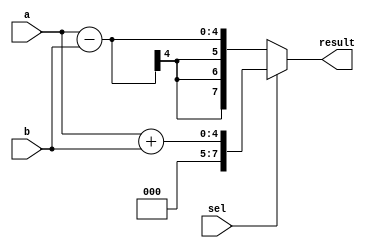
module combinational_logic(
    input wire [3:0] a,      // 4-bit input signal a
    input wire [3:0] b,      // 4-bit input signal b
    input wire sel,          // 1-bit select signal
    output reg [7:0] result  // 8-bit output signal
);

always @(*) begin
    // Default output
    result = 8'b00000000;

    // Combinational logic based on inputs
    if (sel) begin
        // If sel is high, perform addition
        result = a + b; // Add a and b
    end else begin
        // If sel is low, perform subtraction
        result = a - b; // Subtract b from a
    end

    // Additional logic can be added here
    // For example, if you want to implement a case statement:
    // case (some_condition)
    //     2'b00: result = a & b; // AND operation
    //     2'b01: result = a | b; // OR operation
    //     2'b10: result = a ^ b; // XOR operation
    //     default: result = 8'b00000000;
    // endcase
end

endmodule